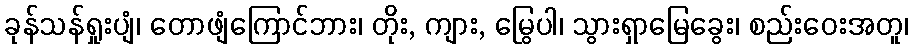
ခုန်သန်ရှုးပျံ၊ တောဖျံကြောင်ဘား၊ တိုး, ကျား, မြွေပါ၊ သွားရှာမြေခွေး၊ စည်းဝေးအတူ၊